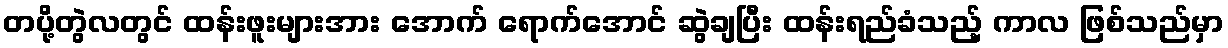
တပို့တွဲလတွင် ထန်းဖူးများအား အောက် ရောက်အောင် ဆွဲချပြီး ထန်းရည်ခံသည့် ကာလ ဖြစ်သည်မှာ